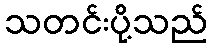
သတင်းပို့သည်